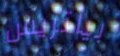
بياتريس